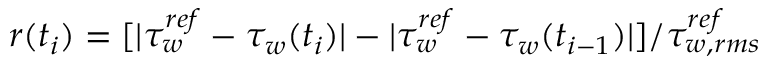
r ( t _ { i } ) = [ | \tau _ { w } ^ { r e f } - \tau _ { w } ( t _ { i } ) | - | \tau _ { w } ^ { r e f } - \tau _ { w } ( t _ { i - 1 } ) | ] / \tau _ { w , r m s } ^ { r e f }